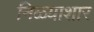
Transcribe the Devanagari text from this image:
निळ्याशार